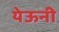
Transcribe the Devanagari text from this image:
येऊनी